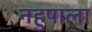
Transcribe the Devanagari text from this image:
नहुषाला